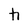
Character: h